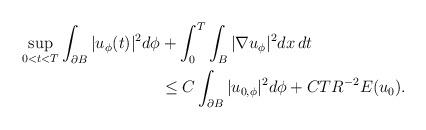
LaTeX: \begin{align*} \sup_{0<t<T}\int_{\partial B}|u_{\phi}(t)|^2d\phi &+\int_0^T\int_B|\nabla u_{\phi}|^2dx\,dt\\ &\le C\int_{\partial B}|u_{0,\phi}|^2d\phi+CTR^{-2}E(u_0). \end{align*}